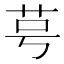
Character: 𫇯